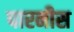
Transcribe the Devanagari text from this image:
पारनीस